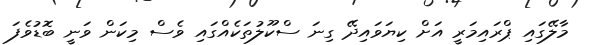
މާލޭގައި ޕްރައިމަރީ އަށް ކިޔަވައިދޭ ގިނަ ސްކޫލުތަކެއްގައި ވެސް މިކަން ވަނީ ބޮޑުވެފަ